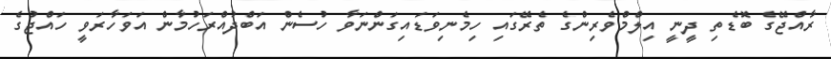
ރާއްޖޭގެ ބޮޑެތި ދީނީ އިލްމްވެރިންގެ ތެރޭގައި ހިމެނިވަަޑައިގަންނަވާ ހުސެން އަބްދުއްރަހުމާން އަވަހާރަވީ ހައްޖުގެ